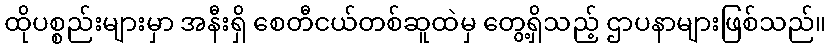
ထိုပစ္စည်းများမှာ အနီးရှိ စေတီငယ်တစ်ဆူထဲမှ တွေ့ရှိသည့် ဌာပနာများဖြစ်သည်။